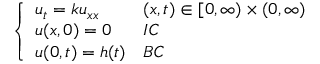
\left\{ \begin{array} { l l } { u _ { t } = k u _ { x x } } & { ( x , t ) \in [ 0 , \infty ) \times ( 0 , \infty ) } \\ { u ( x , 0 ) = 0 } & { I C } \\ { u ( 0 , t ) = h ( t ) } & { B C } \end{array} \right.